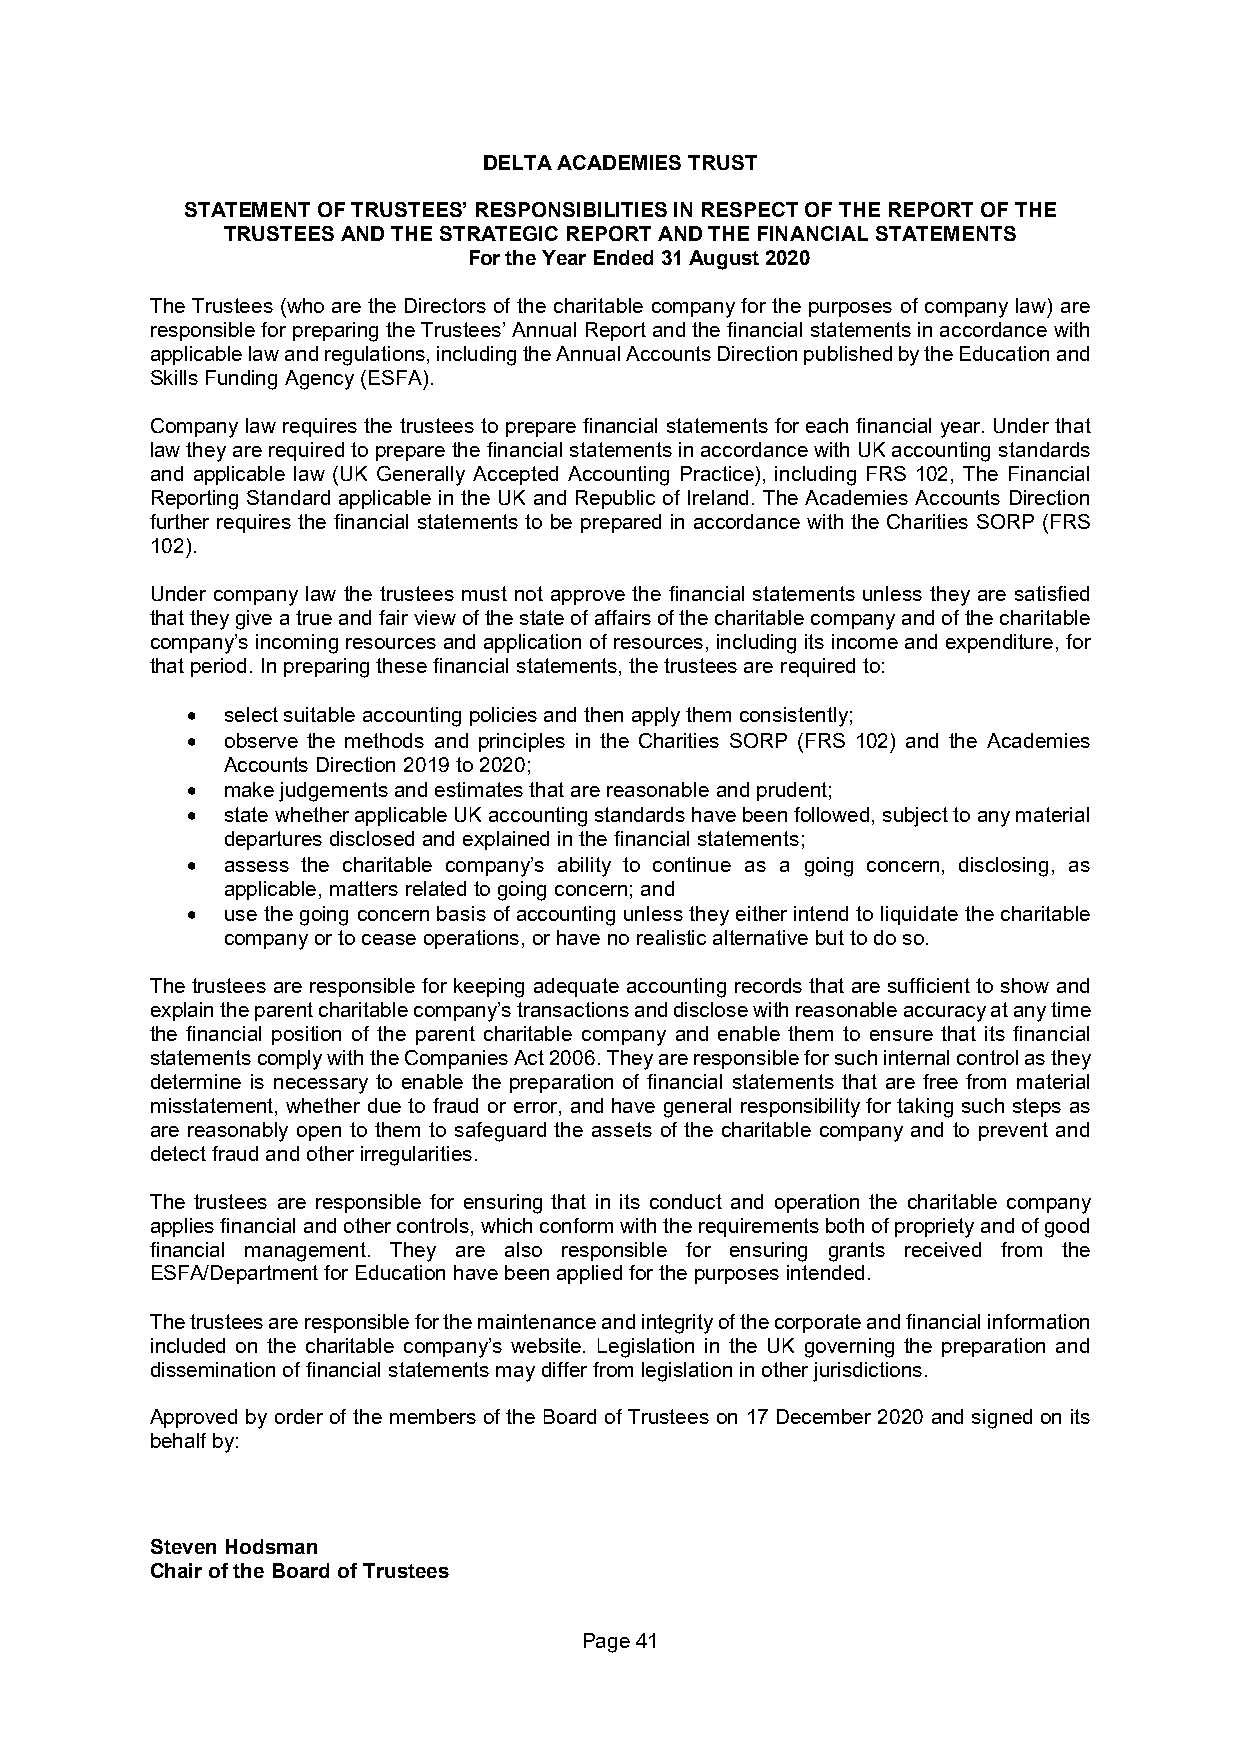
DELTA ACADEMIES TRUST
 STATEMENT OF TRUSTEES’ RESPONSIBILITIES IN RESPECT OF THE REPORT OF THE
 TRUSTEES AND THE STRATEGIC REPORT AND THE FINANCIAL STATEMENTS
 For the Year Ended 31 August 2020
 The Trustees (who are the Directors of the charitable company for the purposes of company law) are
 responsible for preparing the Trustees’ Annual Report and the financial statements in accordance with
 applicable law and regulations, including the Annual Accounts Direction published by the Education and
 Skills Funding Agency (ESFA).
 Company law requires the trustees to prepare financial statements for each financial year. Under that
 law they are required to prepare the financial statements in accordance with UK accounting standards
 and applicable law (UK Generally Accepted Accounting Practice), including FRS 102, The Financial
 Reporting Standard applicable in the UK and Republic of Ireland. The Academies Accounts Direction
 further requires the financial statements to be prepared in accordance with the Charities SORP (FRS
 102).
 Under company law the trustees must not approve the financial statements unless they are satisfied
 that they give a true and fair view of the state of affairs of the charitable company and of the charitable
 company’s incoming resources and application of resources, including its income and expenditure, for
 that period. In preparing these financial statements, the trustees are required to:
   select suitable accounting policies and then apply them consistently;
   observe the methods and principles in the Charities SORP (FRS 102) and the Academies
 Accounts Direction 2019 to 2020;
   make judgements and estimates that are reasonable and prudent;
   state whether applicable UK accounting standards have been followed, subject to any material
 departures disclosed and explained in the financial statements;
   assess the charitable company’s ability to continue as a going concern, disclosing, as
 applicable, matters related to going concern; and
   use the going concern basis of accounting unless they either intend to liquidate the charitable
 company or to cease operations, or have no realistic alternative but to do so.
 The trustees are responsible for keeping adequate accounting records that are sufficient to show and
 explain the parent charitable company’s transactions and disclose with reasonable accuracy at any time
 the financial position of the parent charitable company and enable them to ensure that its financial
 statements comply with the Companies Act 2006. They are responsible for such internal control as they
 determine is necessary to enable the preparation of financial statements that are free from material
 misstatement, whether due to fraud or error, and have general responsibility for taking such steps as
 are reasonably open to them to safeguard the assets of the charitable company and to prevent and
 detect fraud and other irregularities.
 The trustees are responsible for ensuring that in its conduct and operation the charitable company
 applies financial and other controls, which conform with the requirements both of propriety and of good
 financial management. They are also responsible for ensuring grants received from the
 ESFA/Department for Education have been applied for the purposes intended.
 The trustees are responsible for the maintenance and integrity of the corporate and financial information
 included on the charitable company’s website. Legislation in the UK governing the preparation and
 dissemination of financial statements may differ from legislation in other jurisdictions.
 Approved by order of the members of the Board of Trustees on 17 December 2020 and signed on its
 behalf by:
 Steven Hodsman
 Chair of the Board of Trustees
 Page 41